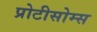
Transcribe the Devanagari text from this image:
प्रोटीसोम्स